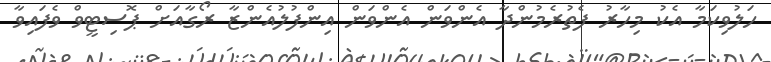
ހަލުވިކަމާ އެކު މިހާރު ފެތުރެމުންދާ އެންވަންް އެންވަން އިންފުލުއެންޒާ ރޯގާއަށް ޕޮސިޓީވް ވެފައިވާ